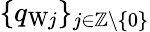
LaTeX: \{ q_{\mathrm{W}j}\} _{j\in\mathbb{Z}\backslash\{ 0\} }